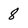
Character: 8